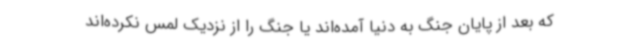
که بعد از پایان جنگ به دنیا آمده‌اند یا جنگ را از نزدیک لمس نکرده‌اند